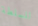
للسلطة